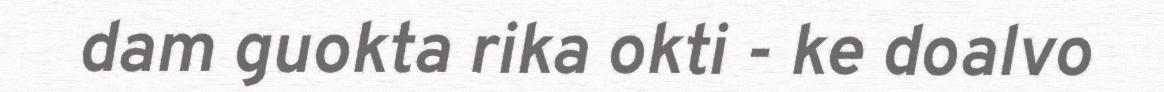
dam guokta rika okti - ke doalvo